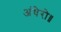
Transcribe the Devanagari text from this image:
अंधेरो॥